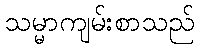
သမ္မာကျမ်းစာသည်